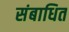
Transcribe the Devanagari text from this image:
संबाधित